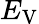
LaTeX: E_{\mathrm{V}}